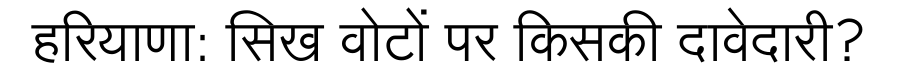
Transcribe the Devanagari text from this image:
हरियाणा: सिख वोटों पर किसकी दावेदारी?